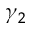
\gamma _ { 2 }